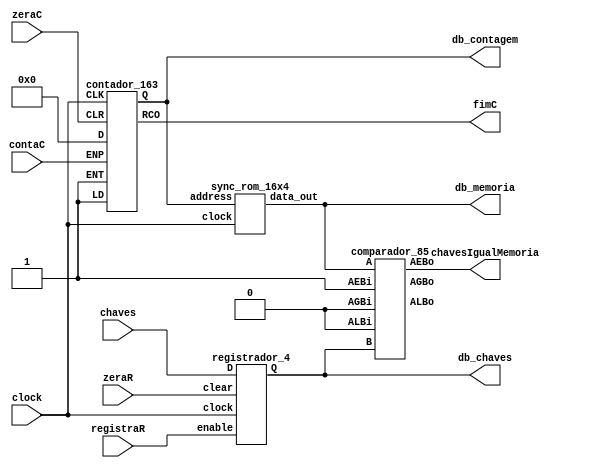
// FLUXO DE DADOS EXPERIENCIA 4 -------------------------------------------------------
module exp4_fluxo_dados (
input        clock,
input [3:0]  chaves,
input        zeraR,
input        registraR, 
input        contaC,
input        zeraC,
output       chavesIgualMemoria,
output       fimC,
output [3:0] db_contagem,
output [3:0] db_chaves,
output [3:0] db_memoria
);

wire [3:0] s_endereco;
wire menor;
wire maior;
wire [3:0] s_dado;
wire [3:0] s_chaves;

  // contador_163
  contador_163 contador (
    .CLK( clock ),
    .CLR( zeraC ),
    .LD( 1'b1 ),
    .ENP( contaC ),
    .ENT( 1'b1 ),
    .D( 4'b0 ),
    .Q( s_endereco ),
    .RCO( fimC )
  );
  
  // comparador_85
  comparador_85 comparador (
    .A( s_dado ),
    .B( s_chaves ),
    .ALBi( 1'b0 ),
    .AGBi( 1'b0 ),
    .AEBi( 1'b1 ),
    .ALBo( menor ),
    .AGBo( maior ),
    .AEBo( chavesIgualMemoria )
  );
  
  // registrador
  registrador_4 registrador(
  .clock(clock),
  .clear(zeraR),
  .enable(registraR),
  .D(chaves),
  .Q(s_chaves)
  );
  
  // memoria
  sync_rom_16x4 memoria(
  .clock(clock),
  .address(s_endereco),
  .data_out(s_dado)
  );
  
assign db_contagem = s_endereco;
assign db_chaves = s_chaves;
assign db_memoria = s_dado;

endmodule

// REGISTRADOR SNCRONO DE 4 BITS -------------------------------------------------------
module registrador_4 (
    input        clock,
    input        clear,
    input        enable,
    input  [3:0] D,
    output [3:0] Q
);

    reg [3:0] IQ;

    always @(posedge clock or posedge clear) begin
        if (clear)
            IQ <= 0;
        else if (enable)
            IQ <= D;
    end

    assign Q = IQ;

endmodule

// MEMRIA SNCRONA 16X4 -------------------------------------------------------
module sync_rom_16x4 (clock, address, data_out);
    input            clock;
    input      [3:0] address;
    output reg [3:0] data_out;

    always @ (posedge clock)
    begin
        case (address)
            4'b0000: data_out = 4'b0001;
            4'b0001: data_out = 4'b0010;
            4'b0010: data_out = 4'b0100;
            4'b0011: data_out = 4'b1000;
            4'b0100: data_out = 4'b0100;
            4'b0101: data_out = 4'b0010;
            4'b0110: data_out = 4'b0001;
            4'b0111: data_out = 4'b0001;
            4'b1000: data_out = 4'b0010;
            4'b1001: data_out = 4'b0010;
            4'b1010: data_out = 4'b0100;
            4'b1011: data_out = 4'b0100;
            4'b1100: data_out = 4'b1000;
            4'b1101: data_out = 4'b1000;
            4'b1110: data_out = 4'b0001;
            4'b1111: data_out = 4'b0100;
        endcase
    end
endmodule

// CONTADOR -------------------------------------------------------
module contador_163 ( CLK, CLR, LD, ENP, ENT, D, Q, RCO );
    input CLK, CLR, LD, ENP, ENT;
    input [3:0] D;
    output reg [3:0] Q;
    output reg RCO;

    always @ (posedge CLK)  // Create the counter f-f behavior
        if (CLR)               Q <= 4'd0;
        else if (~LD)           Q <= D;
        else if (ENT && ENP)    Q <= Q + 1;
        else                    Q <= Q;
 
    always @ (Q or ENT)     // Create RCO combinational output
        if (ENT && (Q == 4'd15))   RCO = 1;
        else                       RCO = 0;
endmodule

// COMPARADOR -------------------------------------------------------
module comparador_85 (ALBi, AGBi, AEBi, A, B, ALBo, AGBo, AEBo);

    input[3:0] A, B;
    input      ALBi, AGBi, AEBi;
    output     ALBo, AGBo, AEBo;
    wire[4:0]  CSL, CSG;

    assign CSL  = ~A + B + ALBi;
    assign ALBo = ~CSL[4];
    assign CSG  = A + ~B + AGBi;
    assign AGBo = ~CSG[4];
    assign AEBo = ((A == B) && AEBi);

endmodule /* comparador_85 */